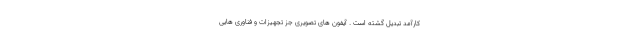
کارآمد تبدیل گشته است . آیفون های تصویری جز تجهیزات و فناوری هایی